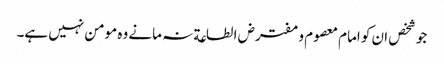
جو شخص ان کو امام معصوم و مفترض الطاعة نہ مانے وہ مومن نہیں ہے۔